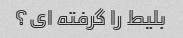
بلیط را گرفته ای؟